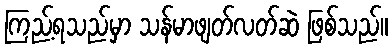
ကြည့်ရသည်မှာ သန်မာဖျတ်လတ်ဆဲ ဖြစ်သည်။